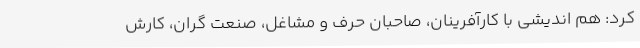
کرد: هم اندیشی با کارآفرینان، صاحبان حرف و مشاغل، صنعت گران، کارش